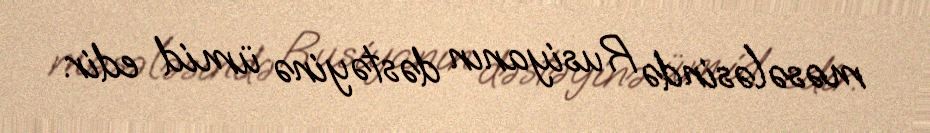
məsələsində Rusiyanın dəstəyinə ümid edir.